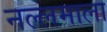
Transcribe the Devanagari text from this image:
नल्लमाला